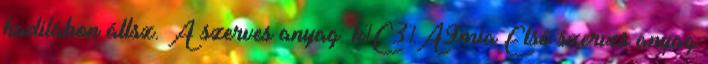
hadilábon állsz. A szerves anyag: k%C3%A9mia Első szerves anyag